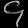
Digit: ၄